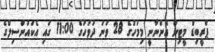
ޕްރީބިޑް މީޓިން އޮންނާނީ މިމަހުގެ 28 ވަނަ ދުވަހުގެ 11:00 ގައި އެކައުންސިލްގެ